Civil Veterinary Department. Madras. Admin. report 1910-25 - 1910-1925
Year: 1910
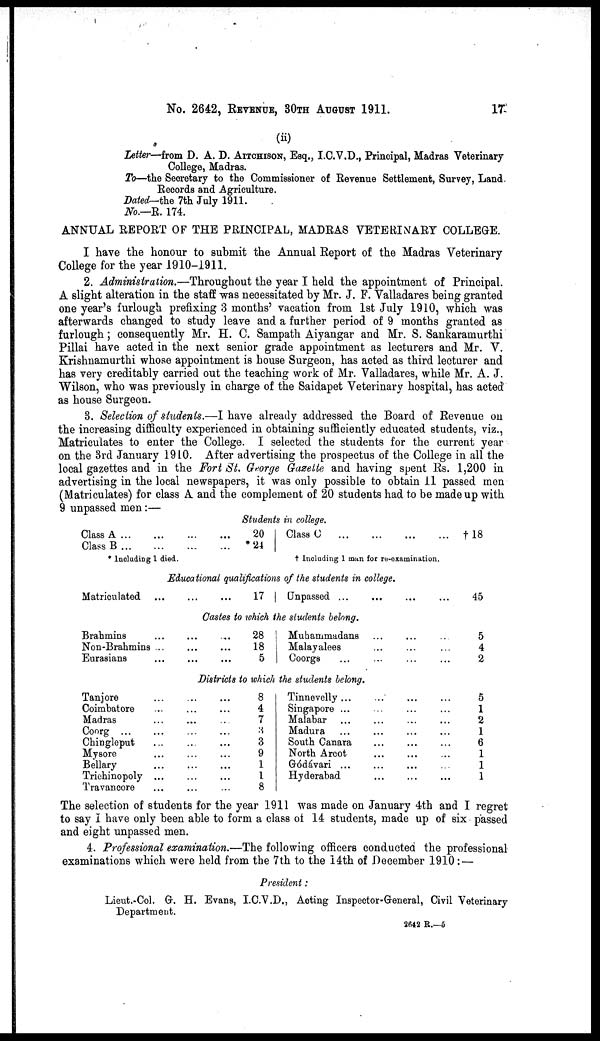
No. 2642, REVENUE 30TH AUGUST 1911.
17
(ii)
Letter—from D. A. D. AITCHISON, Esq., I.C.V.D., Principal, Madras Veterinary
College, Madras.
To—the Secretory to the Commissioner of Revenue Settlement, Survey, Land.
Records and Agriculture.
Dated-the 7th July 1911.
No.—R. 174.
ANNUAL REPORT OF THE PRINCIPAL, MADRAS VETERINARY COLLEGE.
I have the honour to submit the Annual Report of the Madras Veterinary
College for the year 1910-1911.
2. Administration.—Throughout the year I held the appointment of Principal.
A slight alteration in the staff was necessitated by Mr. J. F. Valladares being granted
one year's furlough prefixing 3 months' vacation from 1st July 1910, which was
afterwards changed to study leave and a further period of 9 months granted as
furlough; consequently Mr. H. C. Sampath Aiyangar and Mr. S. Sankaramurthi
Pillai have acted in the next senior grade appointment as lecturers and Mr. V.
Krishnamurthi whose appointment is house Surgeon, has acted as third lecturer and
has very creditably carried out the teaching work of Mr. Valladares, while Mr. A. J.
Wilson, who was previously in charge of the Saidapet Veterinary hospital, has acted
as house Surgeon.
3. Selection of students.—I have already addressed the Board of Revenue on
the increasing difficulty experienced in obtaining sufficiently educated students, viz.,
Matriculates to enter the College. I selected the students for the current year
on the 3rd January 1910. After advertising the prospectus of the College in all the
local gazettes and in the Fort St. George Gazette and having spent Rs. 1,200 in
advertising in the local newspapers, it was only possible to obtain 11 passed men
(Matriculates) for class A and the complement of 20 students had to be made up with
9 unpassed men:—
Students in college.
Class A
Class B
..
..
20
...
...
*24
Class C ... ...
...
...
†18
* Including 1 died.
† Including 1 man for re-examination.
Educational qualifications of the students in college.
Matriculated .. .. ..
17
Unpassed ...
...
...
45
Castes to which the students belong.
Brahmins
Non-Brahmins
Eurasians
28
18
5
Muhammadans ... ...
Malayalees
...
...
Coorgs ... ... ...
5
4
2
Districts to which the students belong.
Tanjore ...
Coimbatore ...
Madras
Coorg
...
...
Chingleput ...
Mysore
Bellary ...
Trichinopoly ...
Travancore ...
8
4
7
... ... 3
3
9
1
... ... 1
8
Tinnevelly ... ... ...
Singapore ... ... ...
Malabar ... ... ...
Madura ... ... ...
South Canara ... ...
North Arcot
...
...
Gódávari ... ... ...
Hyderabad
...
...
... 5
... 1
... 2
... 1
... 6
...1
... 1
... 1
The selection of students for the year 1911 was made on January 4th and I regret
to say I have only been able to form a class of 14 students, made up of six passed
and eight unpassed men.
4. Professional examination.—The following officers conducted the professional
examinations which were held from the 7th to the 14th of December 1910: —
President:
Lieut.-Col. G. H. Evans, I.C.V.D., Acting Inspector-General, Civil Veterinary
Department.
2642 R.—5